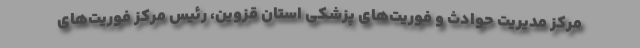
مرکز مدیریت حوادث و فوریت‌های پزشکی استان قزوین، رئیس مرکز فوریت‌های